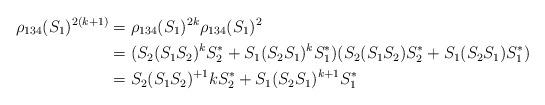
LaTeX: \begin{align*}\rho_{134}(S_1)^{2(k+1)} &= \rho_{134}(S_1)^{2k}\rho_{134}(S_1)^{2}\\& = (S_2(S_1S_2)^kS_2^*+S_1(S_2S_1)^kS_1^*)(S_2(S_1S_2)S_2^*+S_1(S_2S_1)S_1^*)\\& = S_2(S_1S_2)^{+1}kS_2^*+S_1(S_2S_1)^{k+1}S_1^*\end{align*}